Vaccination Hyderabad 1890-1903 - 1890-1903
Year: 1890
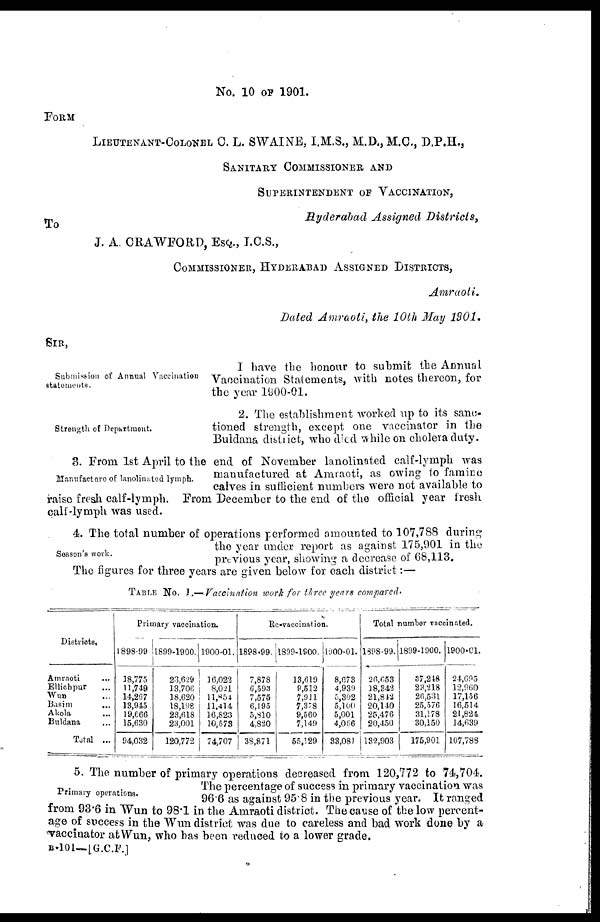
No. 10 OF 1901.
FORM
LIEUENANT-COLONEL C. L. SWAINE, I.M.S., M.D., M.C., D.P.H.,
SANITARY COMMISSIONER AND
SUPERINTENDENT OF VACCINATION,
Hyderabad Assigned Districts,
To
J. A. CRAWFORD, ESQ., I.C.S.,
COMMISSIONER, HYDERABAD ASSIGNED DISTRICTS,
Amraoti.
Dated Amraoti, the 10th May 1901.
SIR,
Submission of Annual Vaccination
statements.
I have the honour to submit the Annual
Vaccination Statements, with notes thereon, for
the year 1900-01.
Strength of Department.
2. The establishment worked up to its sanc-
tioned strength, except one vaccinator in the
Buldana district, who died while on cholera duty.
Manufacture of lanolinated lymph.
3. From 1st April to the end of November lanolinated calf-lymph was
manufactured at Amraoti, as owing to famine
calves in sufficient numbers were not available to
raise fresh calf-lymph. From December to the end of the official year fresh
calf-lymph was used.
Season's work.
4. The total number of operations performed amounted to 107,788 during
the year under report as against 175,901 in the
previous year, showing a decrease of 68,113.
The figures for three years are given below for each district:—
TABLE NO. 1 .— Vaccination work for three years compared.
Districts.
Amraoti ...
Ellichpur ...
Wun...
Basim
...
Akola ...
Buldana ...
Total ...
Primary vaccination.
1898-99
18,775
11,749
14,267
13,945
19,666
15,630
94,032
1899-1900.
23,629
13,706
18,620
18,198
23,618
23,001
120,772
1900-01.
16,022
8,021
11,854
11,414
16,823
10,578
74,707
Re-vaccination.
1898-99.
7,878
6,593
7,575
6,195
5,810
4,820
38,871
1899-1900.
13,619
9,512
7,911
7,378
9,560
7,149
55,129
1900-01.
8,6783
4,939
5,302
5,100
5,001
4,066
33,081
Total number vaccinated.
1898-99.
26,653
18,842
21,842
20,140
25,476
20,450
182,903
1899-1900.
37,248
28,218
26,531
25,576
31,178
30,150
176,901
1900-01.
24,695
12,960
17,156
16,514
21,824
14,639
107,788
Primary operations.
5. The number of primary operations decreased from 120,772 to 74,704.
The percentage of success in primary vaccination was
96.6 as against 95.8 in the previous year. It ranged
from 93.6 in Wun to 98.1 in the Amraoti district. The cause of the low percent-
age of success in the Wun district was due to careless and bad work done by a
vaccinator at Wun, who has been reduced to a lower grade.
B-101—[G.C.F.]